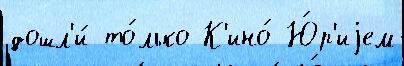
дошл'и́ то́лько К'ино́ Ю́р'иjем